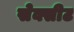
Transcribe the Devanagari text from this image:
सेक्सीट